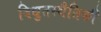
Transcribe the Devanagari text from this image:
विद्युतस्थैतिकी